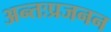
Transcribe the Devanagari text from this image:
अन्तःप्रजनन